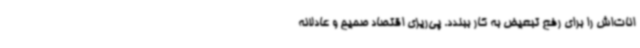
انات‌اش را برای رفع تبعیض به کار ببندد. پی‌ریزی اقتصاد صحیح و عادلانه